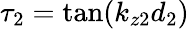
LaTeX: \tau_{2}=\tan(k_{z2}d_{2})